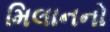
મિલાનનો